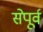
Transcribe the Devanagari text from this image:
सेपूर्व